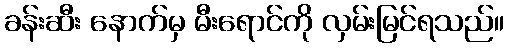
ခန်းဆီး နောက်မှ မီးရောင်ကို လှမ်းမြင်ရသည်။